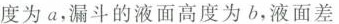
度为a，漏斗的液面高度为b，液面差